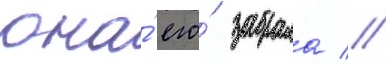
она́ его́ забрала //